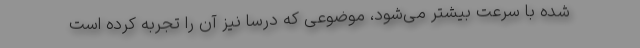
شده با سرعت بیشتر می‌شود، موضوعی که درسا نیز آن را تجربه کرده است